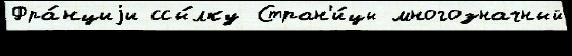
Фра́нциjи ссы́лку Стран'и́цы многозначный